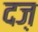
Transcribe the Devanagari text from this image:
दज़